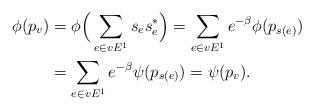
\begin{align*}\phi(p_v)&= \phi\Big(\sum_{e \in vE^1} s_e s^*_e\Big)= \sum_{e \in vE^1} e^{-\beta} \phi(p_{s(e)})\\&=\sum_{e \in vE^1} e^{-\beta} \psi(p_{s(e)})=\psi(p_v).\end{align*}